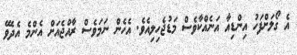
އެ ގޯލަށްފަހު އިންޑިއާ އަނެއްކާވެސް މަޑުޖެހިލިއެވެ. އެހެން ނަމަވެސް ރާއްޖެއަށް އެންމެ އެދެވޭ